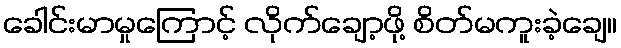
ခေါင်းမာမှုကြောင့် လိုက်ချော့ဖို့ စိတ်မကူးခဲ့ချေ။